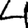
Digit: 4